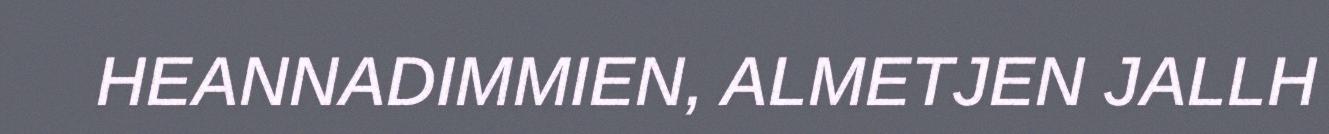
HEANNADIMMIEN, ALMETJEN JALLH